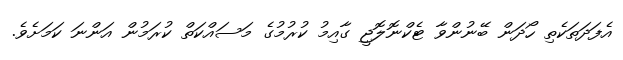
އެފަދަތަކެތި ހޯދަން ބޭނުންވާ ޓެކްނޮލޮޖީ ގާއިމު ކުރުމުގެ މަސައްކަތް ކުރަމުން އަންނަ ކަމަށެވެ.